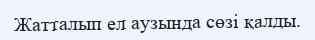
Жатталып ел аузында сөзі қалды.